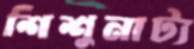
শিশুনাট্য